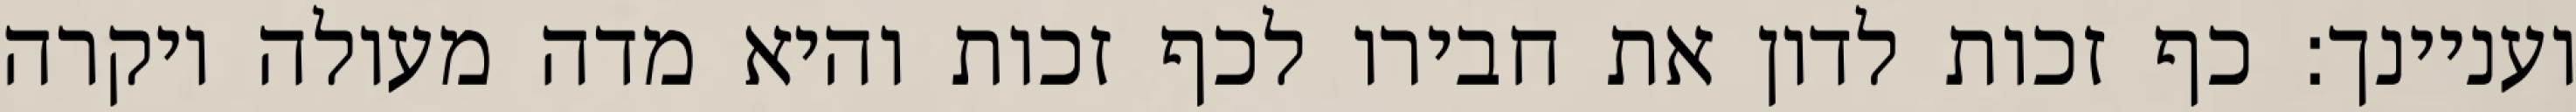
ועניינך: כף זכות לדון את חבירו לכף זכות והיא מדה מעולה ויקרה